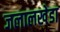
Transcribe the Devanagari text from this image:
जलालखेडा